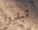
تبدوا